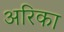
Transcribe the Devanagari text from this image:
अरिका